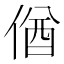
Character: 偤